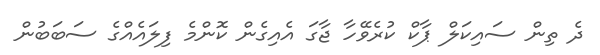
ދެ ތިން ސައިކަލް ޕާކް ކުރެވޭހާ ޖާގަ އެއިގެން ކޮންމެ ފިލައެއްގެ ސަބަބުން